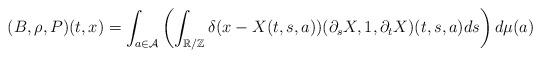
LaTeX: \begin{align*}(B,\rho,P)(t,x)=\int_{a\in\mathcal{A}}\left(\int_{\mathbb{R/Z}}\delta(x-X(t,s,a))(\partial_s X,1,\partial_t X)(t,s,a)ds\right) d\mu(a)\end{align*}